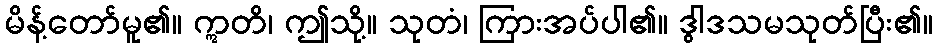
မိန့်တော်မူ၏။ ဣတိ၊ ဤသို့။ သုတံ၊ ကြားအပ်ပါ၏။ ဒွါဒသမသုတ်ပြီး၏။